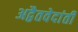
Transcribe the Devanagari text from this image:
अद्वैतवेदांती